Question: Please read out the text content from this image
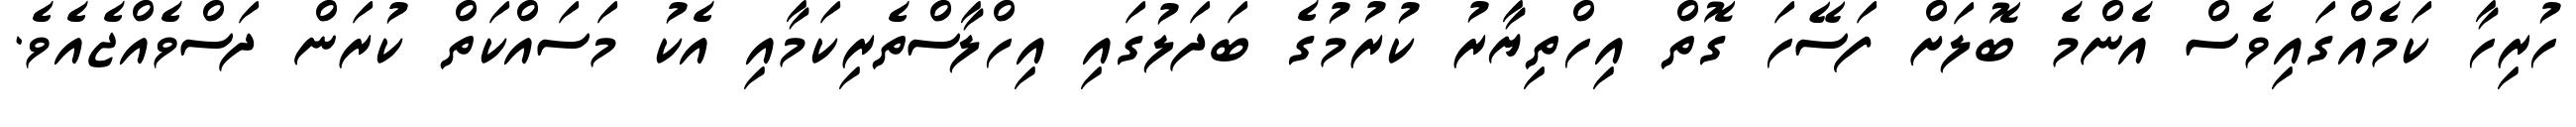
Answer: ހުރިހާ ކަމެއްގައިވެސް އެންމެ ބޮލަށް ފަސޭހަ ގޮތް އިހްތިޔާރު ކުރުމުގެ ބަދަލުގައި އިހްލާސްތެރިކަމާއި އެކު މަސައްކަތް ކުރަން ދަސްވެއްޖެއެވެ.